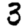
Digit: 3